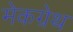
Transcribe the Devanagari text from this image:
मेकग्रेथ